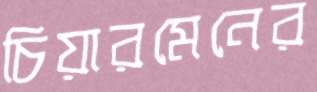
চিয়ারমেনের